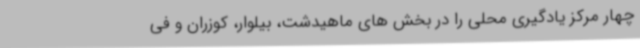
چهار مرکز یادگیری محلی را در بخش های ماهیدشت، بیلوار، کوزران و فی